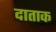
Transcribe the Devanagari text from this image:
दाताक